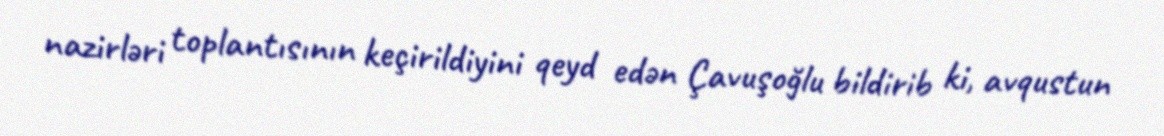
nazirləri toplantısının keçirildiyini qeyd edən Çavuşoğlu bildirib ki, avqustun